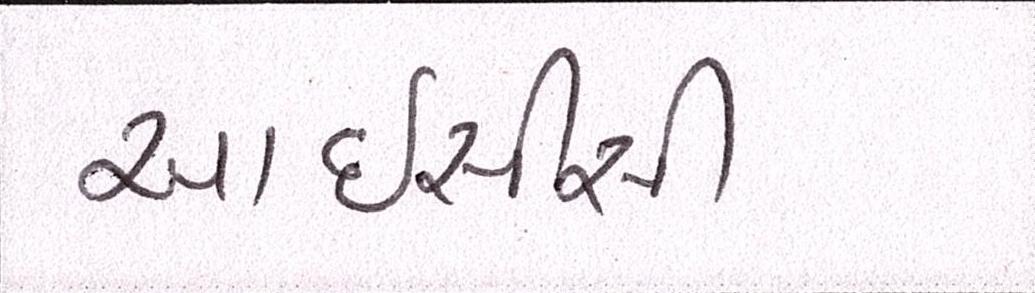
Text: આઇસીસી